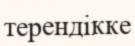
терендікке